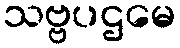
သဗ္ဗပဌမေ